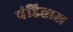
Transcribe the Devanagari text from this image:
पंडितास